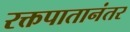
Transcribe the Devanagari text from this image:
रक्तपातानंतर